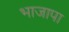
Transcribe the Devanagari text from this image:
भाजापा